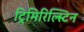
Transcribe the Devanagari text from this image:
ट्रिमिरिल्स्टिन